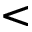
<